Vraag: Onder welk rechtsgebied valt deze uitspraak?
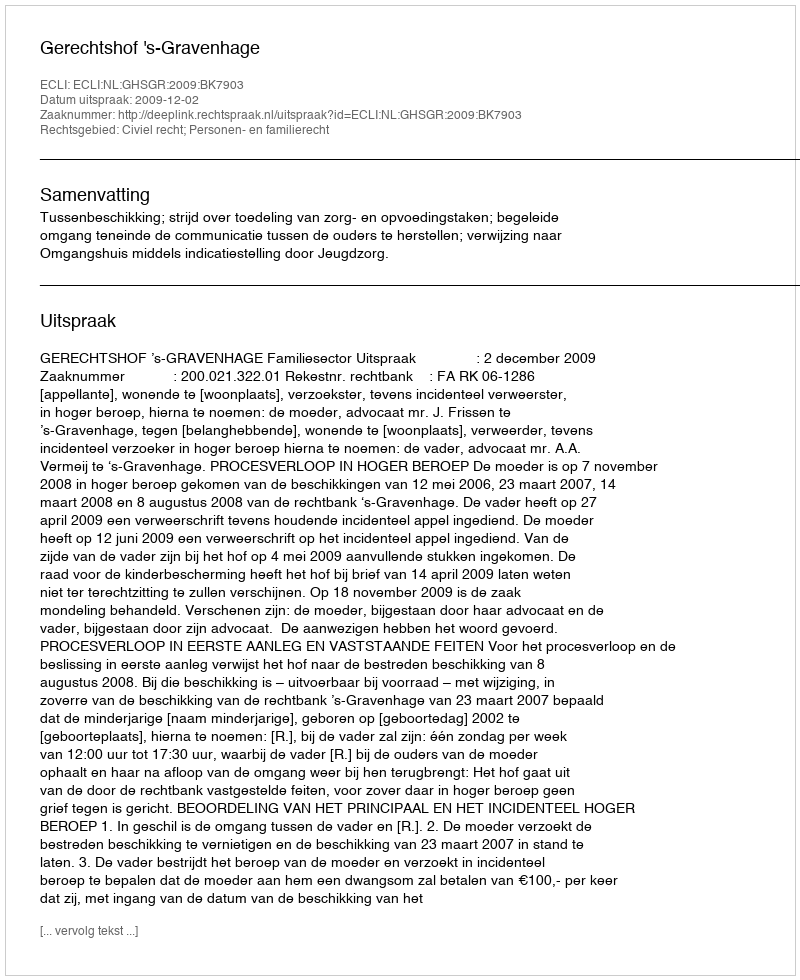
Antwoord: Civiel recht; Personen- en familierecht